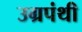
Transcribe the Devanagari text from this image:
उग्रपंथी